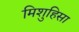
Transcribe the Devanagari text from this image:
मिशुहिसा